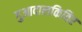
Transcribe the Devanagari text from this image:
गुआदालकिविर